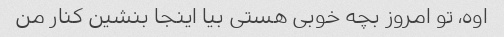
اوه، تو امروز بچه خوبی هستی بیا اینجا بنشین کنار من